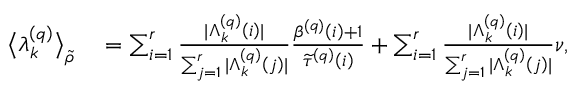
\begin{array} { r l } { \big \langle \lambda _ { k } ^ { \left( q \right) } \big \rangle _ { \widetilde { \rho } } } & { { } = \sum _ { i = 1 } ^ { r } \frac { \vert \Lambda _ { k } ^ { \left( q \right) } \left( i \right) \vert } { \sum _ { j = 1 } ^ { r } \vert \Lambda _ { k } ^ { \left( q \right) } \left( j \right) \vert } \frac { \beta ^ { \left( q \right) } \left( i \right) + 1 } { \widetilde { \tau } ^ { \left( q \right) } \left( i \right) } + \sum _ { i = 1 } ^ { r } \frac { \vert \Lambda _ { k } ^ { \left( q \right) } \left( i \right) \vert } { \sum _ { j = 1 } ^ { r } \vert \Lambda _ { k } ^ { \left( q \right) } \left( j \right) \vert } \nu , } \end{array}